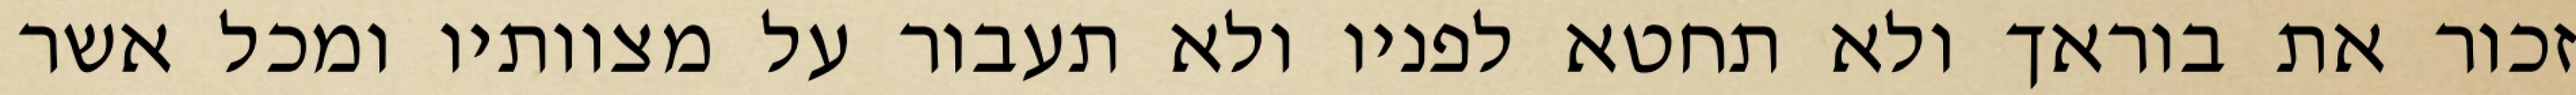
זכור את בוראך ולא תחטא לפניו ולא תעבור על מצוותיו ומכל אשר